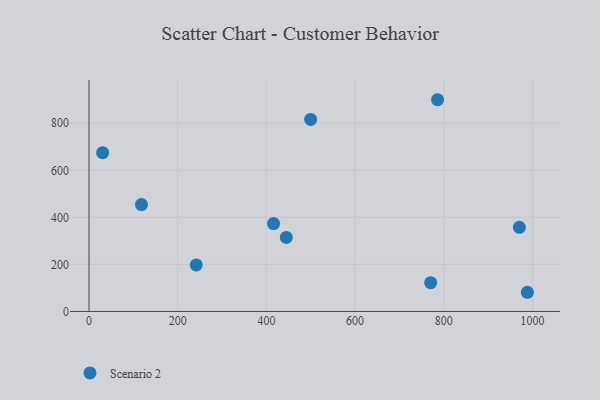
{"axis": {"x": "Ad Spend", "y": "Salary"}, "legend": ["Scenario 2"], "data": [{"x": "241.8", "y": 197.6, "type": "Scenario 2"}, {"x": "785.9", "y": 900.0, "type": "Scenario 2"}, {"x": "118.3", "y": 454.2, "type": "Scenario 2"}, {"x": "416.2", "y": 373.4, "type": "Scenario 2"}, {"x": "444.9", "y": 314.8, "type": "Scenario 2"}, {"x": "970.5", "y": 357.7, "type": "Scenario 2"}, {"x": "988.5", "y": 81.5, "type": "Scenario 2"}, {"x": "499.8", "y": 816.1, "type": "Scenario 2"}, {"x": "30.7", "y": 675.0, "type": "Scenario 2"}, {"x": "770.4", "y": 122.1, "type": "Scenario 2"}]}